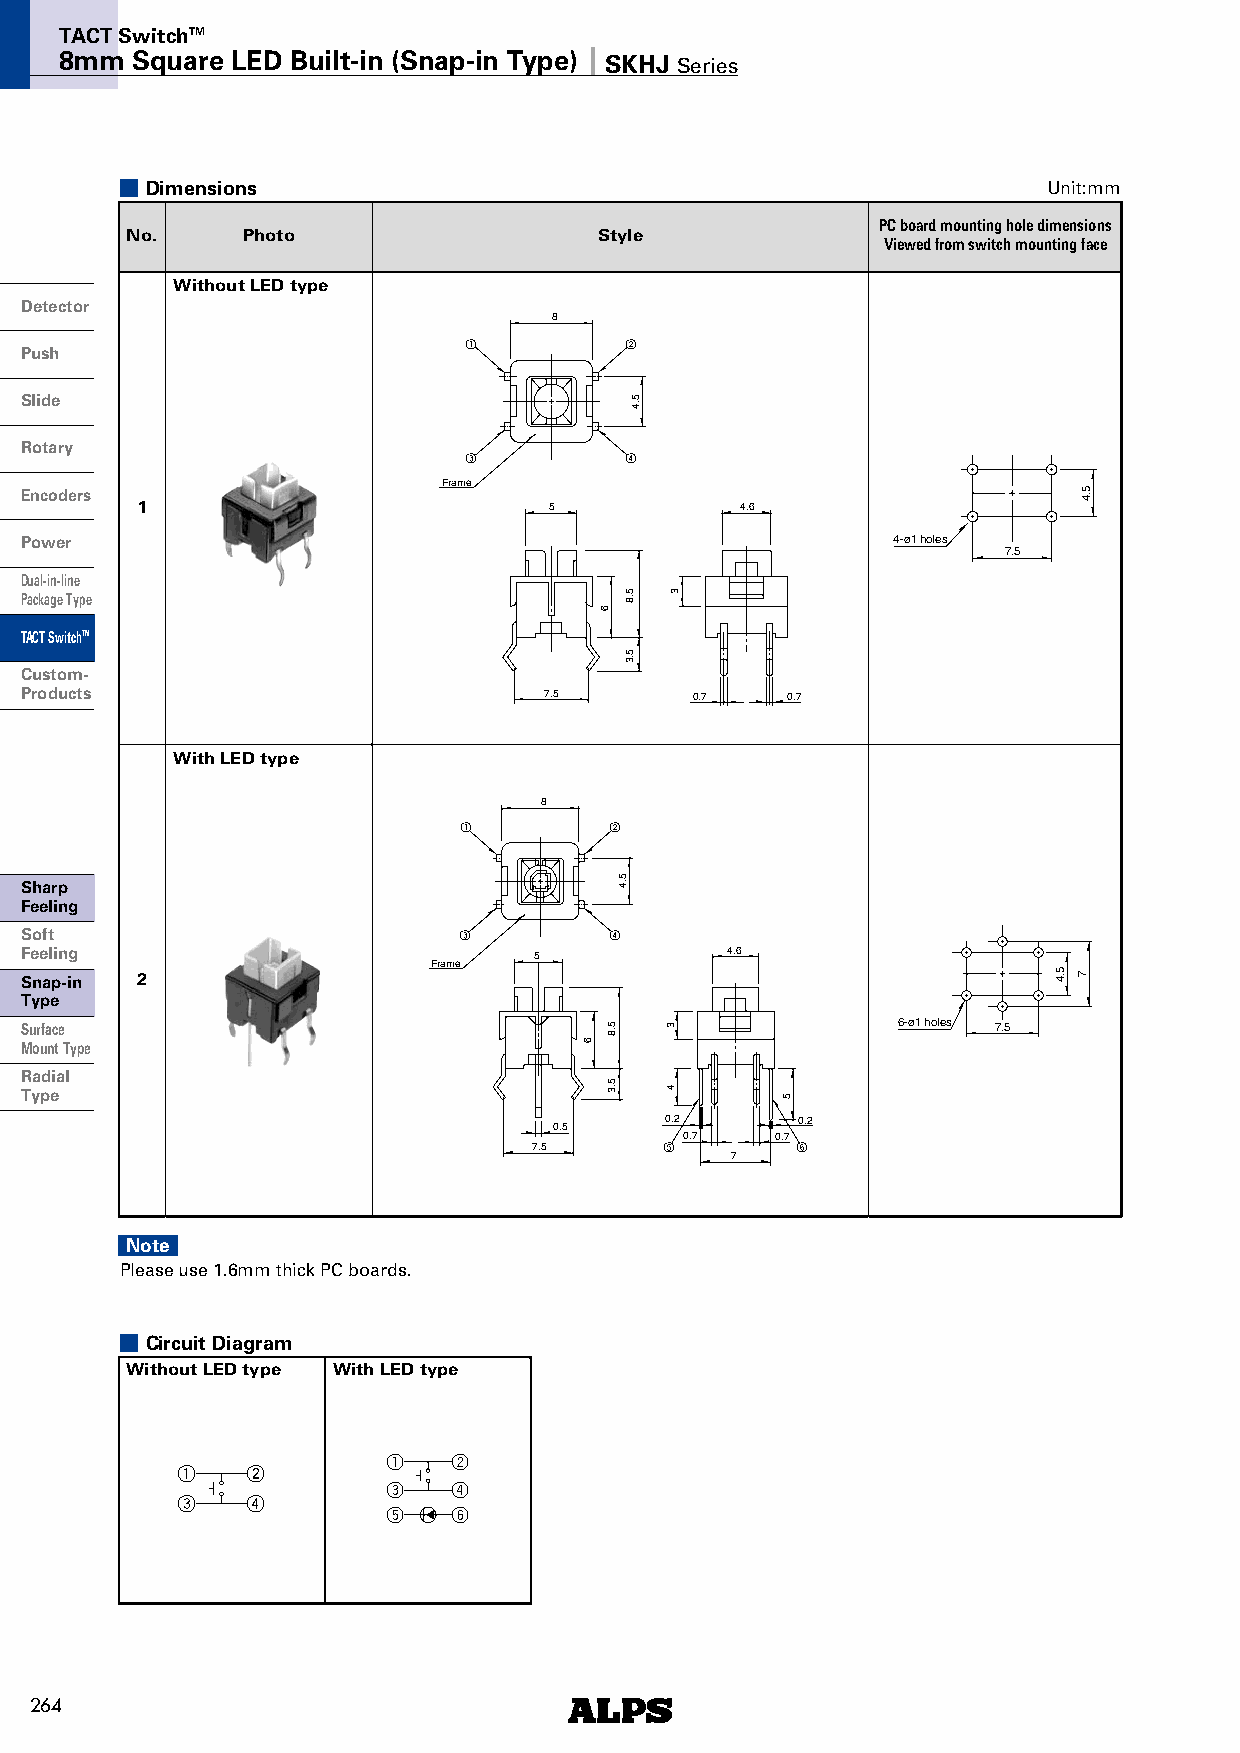
TACT SwitchTM
 8mm  Square LED Built-in (Snap-in Type) SKHJ Series
 Dimensions                                                 Unit:mm
 PC board mounting hole dimensions
 No.     Photo                   Style
 （Viewed from switch mounting face）
 Without LED type
 Detector
 □8
 1         2
 Push
 Slide
 Rotary
 3         4
 Frame
 Encoders
 1                          5            4.6
 Power                                                     4-ø1 holes
 7.5
 Dual-in-line
 Package Type
 TACT SwitchTM
 Custom-
 Products                           7.5       0.7   0.7
 With LED type
 □8
 1         2
 Sharp
 Feeling
 Soft                         3         4
 Feeling                           5            4.6
 Frame
 Snap-in 2
 Type
 Surface                                                   6-ø1 holes 7.5
 MountType
 Radial
 Type
 0.2      0.2
 0.5
 0.7   0.7
 7.5      5        6
 7
 Note
 Please use 1.6mm thick PC boards.
 Circuit Diagram
 Without LED type With LED type
 1   2
 1   2
 3   4
 3   4
 5   6
 264
 6
 6
 5.8
 5.3
 5.4
 5.4
 5.8
 5.3
 3
 3
 4       5
 5.4
 5.4
 7